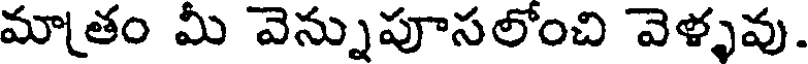
మాతం మీ వెన్నుపూసలోంచి వెళ్ళవు.